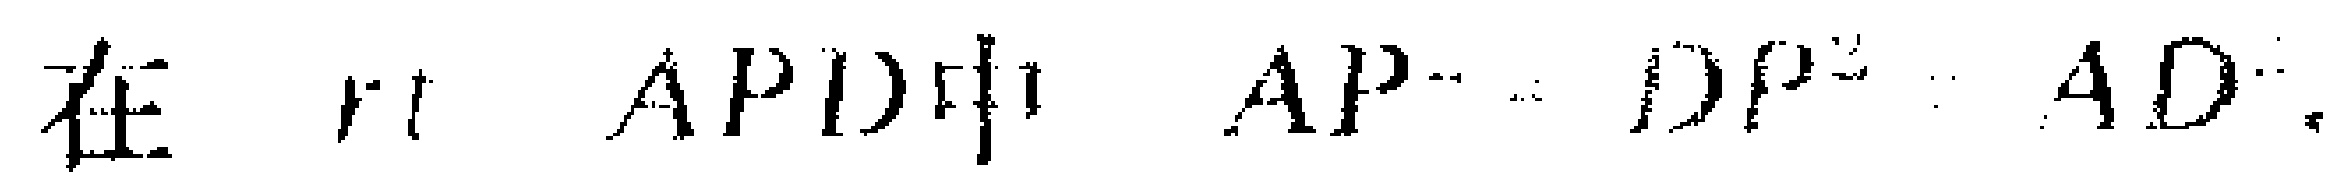
在 \( \text{Rt} \triangle APD \) 中，\(AP^{2}+DP^{2}=AD^{2}\)。